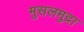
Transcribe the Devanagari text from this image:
मुसलमुद्रा